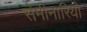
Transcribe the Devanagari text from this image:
सेमीनारियों